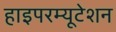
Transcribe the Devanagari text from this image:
हाइपरम्यूटेशन